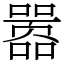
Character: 嚣